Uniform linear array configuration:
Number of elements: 24
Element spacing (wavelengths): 0.25
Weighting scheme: exponential
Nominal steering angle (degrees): -45
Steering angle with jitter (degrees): -45.514
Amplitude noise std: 0.05
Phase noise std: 0.05

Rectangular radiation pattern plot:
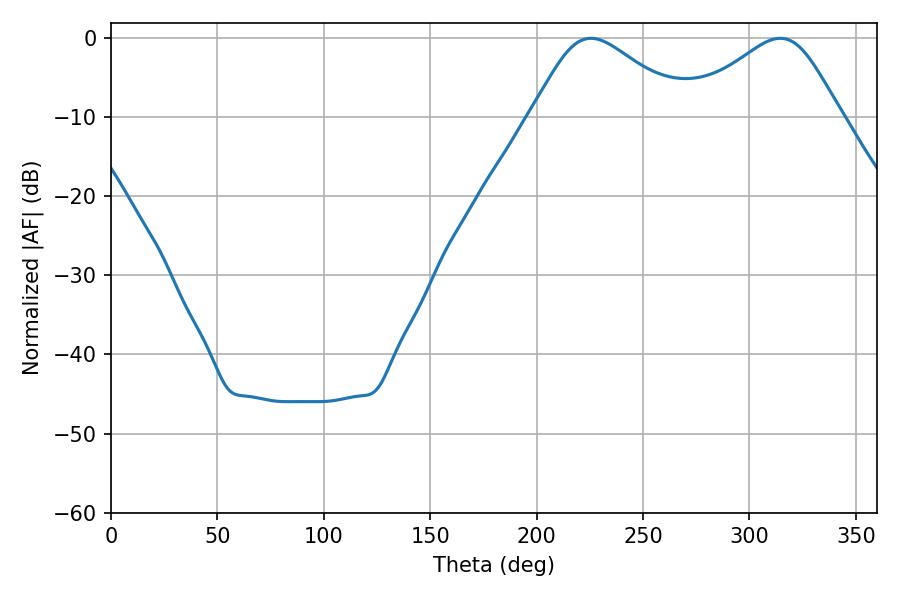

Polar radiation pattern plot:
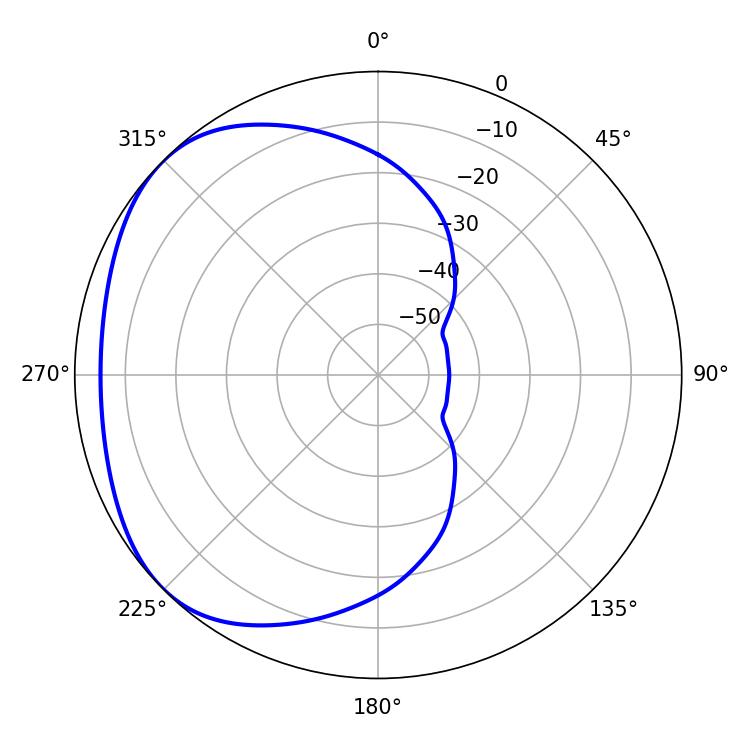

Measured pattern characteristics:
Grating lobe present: FALSE
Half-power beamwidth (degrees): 36.36
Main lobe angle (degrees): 225.54